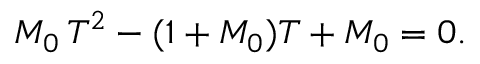
M _ { 0 } \, T ^ { 2 } - ( 1 + M _ { 0 } ) T + M _ { 0 } = 0 .